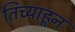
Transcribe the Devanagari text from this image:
तिच्याहून